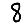
Digit: 8